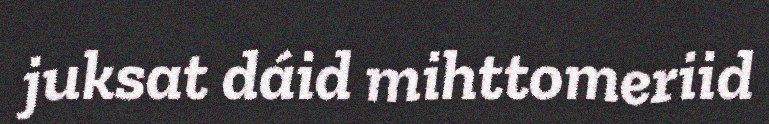
juksat dáid mihttomeriid